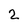
Character: 2